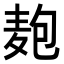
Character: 𮮆